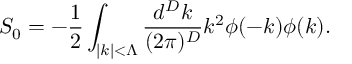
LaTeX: S _ { 0 } = - \frac { 1 } { 2 } \int _ { | k | < \Lambda } \frac { d ^ { D } k } { ( 2 \pi ) ^ { D } } k ^ { 2 } \phi ( - k ) \phi ( k ) .